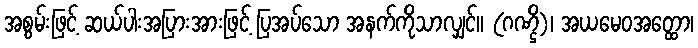
အစွမ်းဖြင့် ဆယ်ပါးအပြားအားဖြင့် ပြအပ်သော အနက်ကိုသာလျှင်။ (ဂဏ္ဌိ)၊ အယမေဝအတ္ထော၊